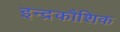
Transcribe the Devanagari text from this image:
इन्द्रकौशिक